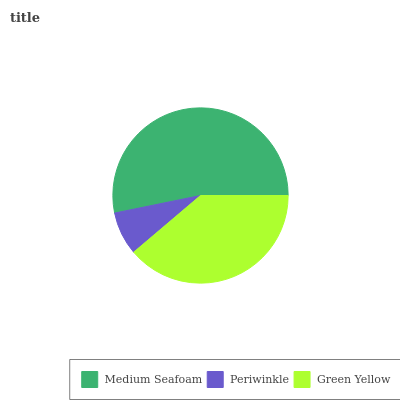
| Medium Seafoam | Periwinkle | Green Yellow |
 | --- | --- | --- |
 | 53.2% | 7.99% | 38.8% |